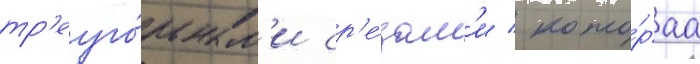
тр'еуго́льным'и ср'е́зам'и / кото́раа